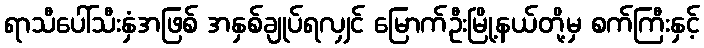
ရာသီပေါ်သီးနှံအဖြစ် အနှစ်ချုပ်ရလျှင် မြောက်ဦးမြို့နယ်တို့မှ စက်ကြီးနှင့်